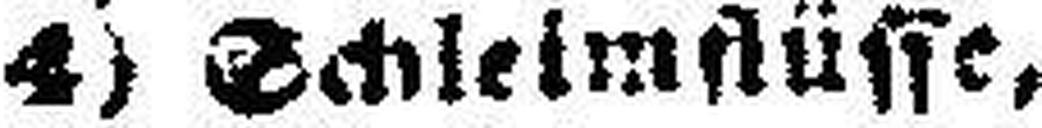
4) Schleimflüsse,